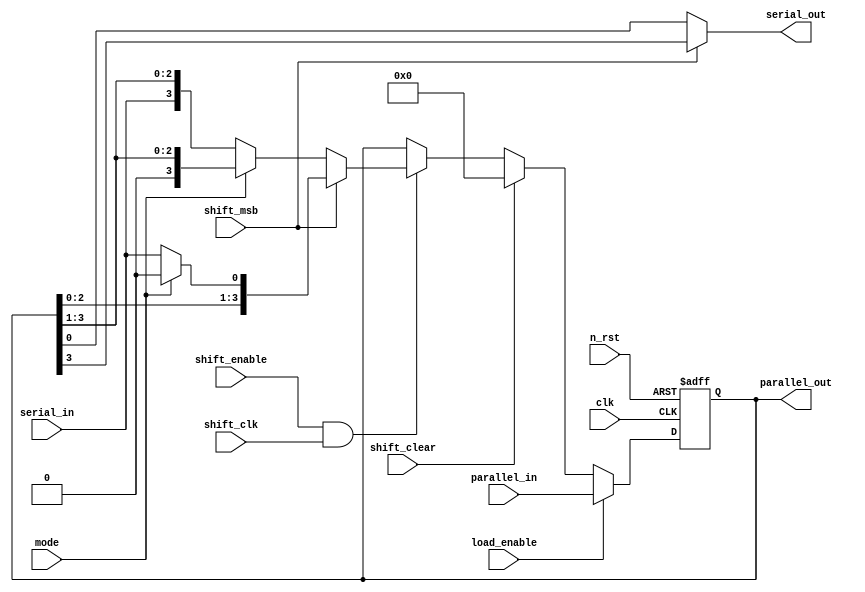
module flex_sr_spi (
	clk,
	n_rst,
	shift_enable,
	shift_clk,
	shift_clear,
	shift_msb,
	load_enable,
	mode,
	serial_in,
	parallel_in,
	parallel_out,
	serial_out
);
	parameter NUM_BITS = 4;
	input wire clk;
	input wire n_rst;
	input wire shift_enable;
	input wire shift_clk;
	input wire shift_clear;
	input wire shift_msb;
	input wire load_enable;
	input wire mode;
	input wire serial_in;
	input wire [NUM_BITS - 1:0] parallel_in;
	output wire [NUM_BITS - 1:0] parallel_out;
	output wire serial_out;
	reg [NUM_BITS - 1:0] nstate;
	reg [NUM_BITS - 1:0] cstate;
	assign parallel_out = cstate;
	assign serial_out = (shift_msb == 1 ? cstate[NUM_BITS - 1] : cstate[0]);
	always @(posedge clk or negedge n_rst)
		if (n_rst == 0)
			cstate <= {NUM_BITS {1'sb0}};
		else
			cstate <= nstate;
	always @(*) begin
		nstate = cstate;
		if (load_enable)
			nstate = parallel_in;
		else if (shift_clear)
			nstate = {NUM_BITS {1'sb0}};
		else if (shift_enable & shift_clk) begin
			if (shift_msb) begin
				if (mode)
					nstate = {cstate[NUM_BITS - 2:0], 1'b0};
				else
					nstate = {cstate[NUM_BITS - 2:0], serial_in};
			end
			else if (mode)
				nstate = {1'b0, cstate[NUM_BITS - 1:1]};
			else
				nstate = {serial_in, cstate[NUM_BITS - 1:1]};
		end
		else
			nstate = cstate;
	end
endmodule